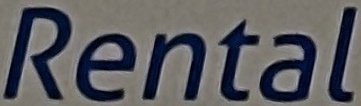
Rental